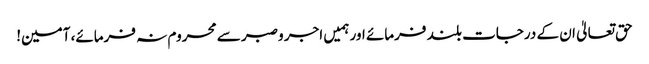
حق تعالیٰ ان کے درجات بلند فرمائے اور ہمیں اجر وصبر سے محروم نہ فرمائے، آمین!